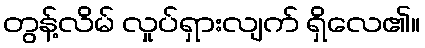
တွန့်လိမ် လှုပ်ရှားလျက် ရှိလေ၏။